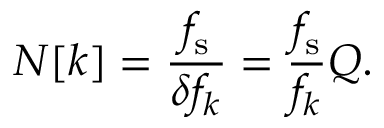
N [ k ] = { \frac { f _ { \mathrm { s } } } { \delta f _ { k } } } = { \frac { f _ { \mathrm { s } } } { f _ { k } } } Q .